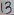
Text: 13